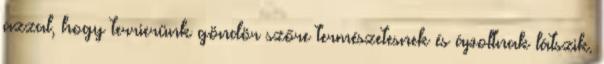
azzal, hogy terrierünk göndör szőre természetesnek és ápoltnak látszik.